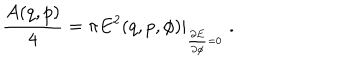
{ \frac { A ( q , p ) } { 4 } } = \pi E ^ { 2 } ( q , p , \phi ) \vert _ { \phantom { } _ { { \frac { \partial E } { \partial \phi } } = 0 } } \ .